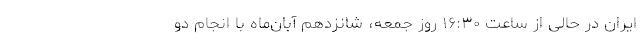
ایران در حالی از ساعت ۱۶:۳۰ روز جمعه، شانزدهم آبان‌ماه با انجام دو